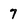
Character: 7